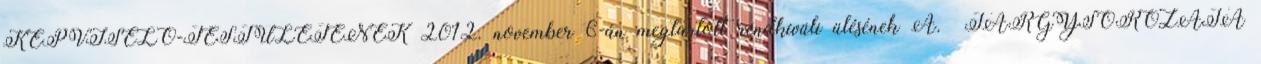
KÉPVISELŐ-TESTÜLETÉNEK 2012. november 6-án megtartott rendkívüli ülésének A. TÁRGYSOROZATA